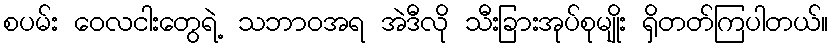
စပမ်း ဝေလငါးတွေရဲ့ သဘာဝအရ အဲဒီလို သီးခြားအုပ်စုမျိုး ရှိတတ်ကြပါတယ်။